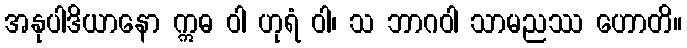
အနုပါဒိယာနော ဣဓ ဝါ ဟုရံ ဝါ၊ သ ဘာဂဝါ သာမညဿ ဟောတိ။